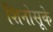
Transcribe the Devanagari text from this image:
शिनोसूके